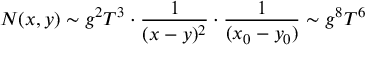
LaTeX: N ( x , y ) \sim g ^ { 2 } T ^ { 3 } \cdot { \frac { 1 } { ( x - y ) ^ { 2 } } } \cdot { \frac { 1 } { ( x _ { 0 } - y _ { 0 } ) } } \sim g ^ { 8 } T ^ { 6 }